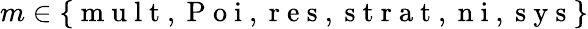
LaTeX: m\in\{ \mathrm{~m~u~l~t~,~P~o~i~,~r~e~s~,~s~t~r~a~t~,~n~i~,~s~y~s~}\}